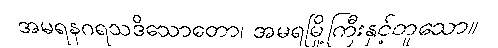
အမရနဂရသဒိသောတော၊ အမရမြို့ကြီးနှင့်တူသော။